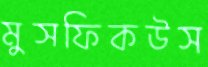
মুসফিকউস